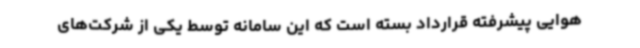
هوایی پیشرفته قرارداد بسته است که این سامانه توسط یکی از شرکت‌های